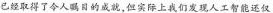
已经取得了令人瞩目的成就，但实际上我们发现人工智能还仅